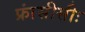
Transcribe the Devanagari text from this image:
फ्रांसीसीः